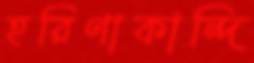
হরিণাকান্দি